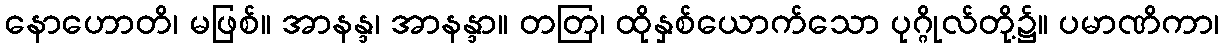
နောဟောတိ၊ မဖြစ်။ အာနန္ဒ၊ အာနန္ဒာ။ တတြ၊ ထိုနှစ်ယောက်သော ပုဂ္ဂိုလ်တို့၌။ ပမာဏိကာ၊